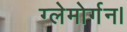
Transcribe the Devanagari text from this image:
ग्लेमोर्गन।